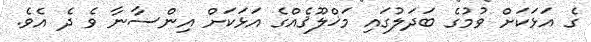
ގެ އަޅަކަށް ވުމުގެ ބަދަލުގައި މަޚްލޫޤެއްގެ އަޅަކަށް އިންސާނާ ވެ ދެ އެވެ.